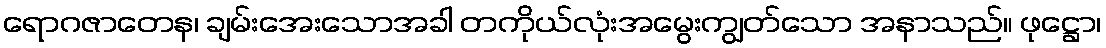
ရောဂဇာတေန၊ ချမ်းအေးသောအခါ တကိုယ်လုံးအမွေးကျွတ်သော အနာသည်။ ဖုဋ္ဌော၊